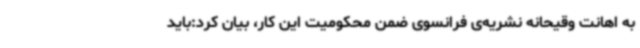
به اهانت وقیحانه نشریه‌ی فرانسوی ضمن محکومیت این کار، بیان کرد:باید